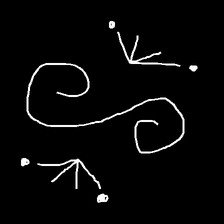
Glyph: aeroform